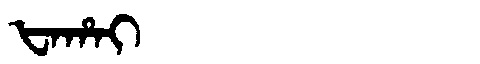
Manchu: ᡶᠠᡥᠠᡳ
Romanization: FAHAI